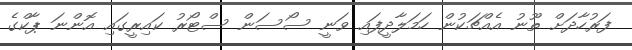
ފަރުހާދަށް ތޫނު އެއްޗަކުން ހަމަލާދީފައި ވަނީ ސޯސަން ސްޓޯރު ކައިރީގައި އޮންނަ ޕާކްގެ